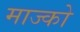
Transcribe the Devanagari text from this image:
माज्को